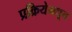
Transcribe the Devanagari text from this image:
प्रक्रियेमधून